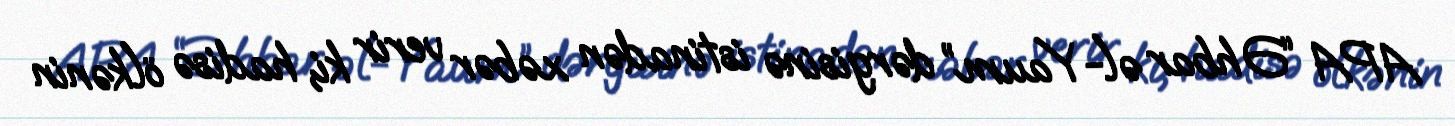
APA “Əhbar əl-Yaum” dərgisinə istinadən xəbər verir ki, hadisə ölkənin